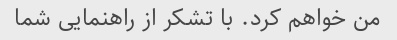
من خواهم کرد. با تشکر از راهنمایی شما